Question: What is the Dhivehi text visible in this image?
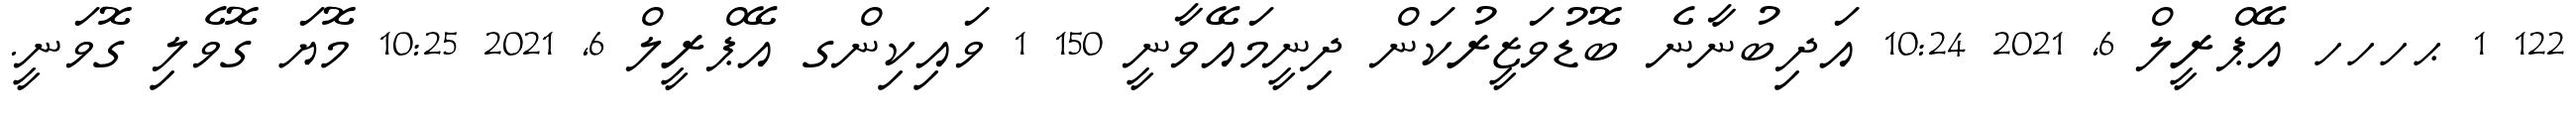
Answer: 122 1 ޙހހހ އޭޕްރީލް 6, 2021 10:24 އަދިބުނާނެ ބޮޑުވަޒީރުކަން ދިނީމައޭވާނީ 150 1 ވައިކިންގ އޭޕްރީލް 6, 2021 10:25 މޮޔަ ގޮވެލި ގޮވަނީ.